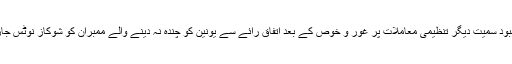
جاری کردہ اعلامیہ کیمطابق اجلاس میں محنت کشوں کی فلاح و بہبود سمیت دیگر تنظیمی معاملات پر غور و خوص کے بعد اتفاق رائے سے یونین کو چندہ نہ دینے والے ممبران کو شوکاز نوٹس جاری کرکے 15دن بعد ان کی ممبر شپ معطل کرنیکا فیصلہ کیا گیا۔